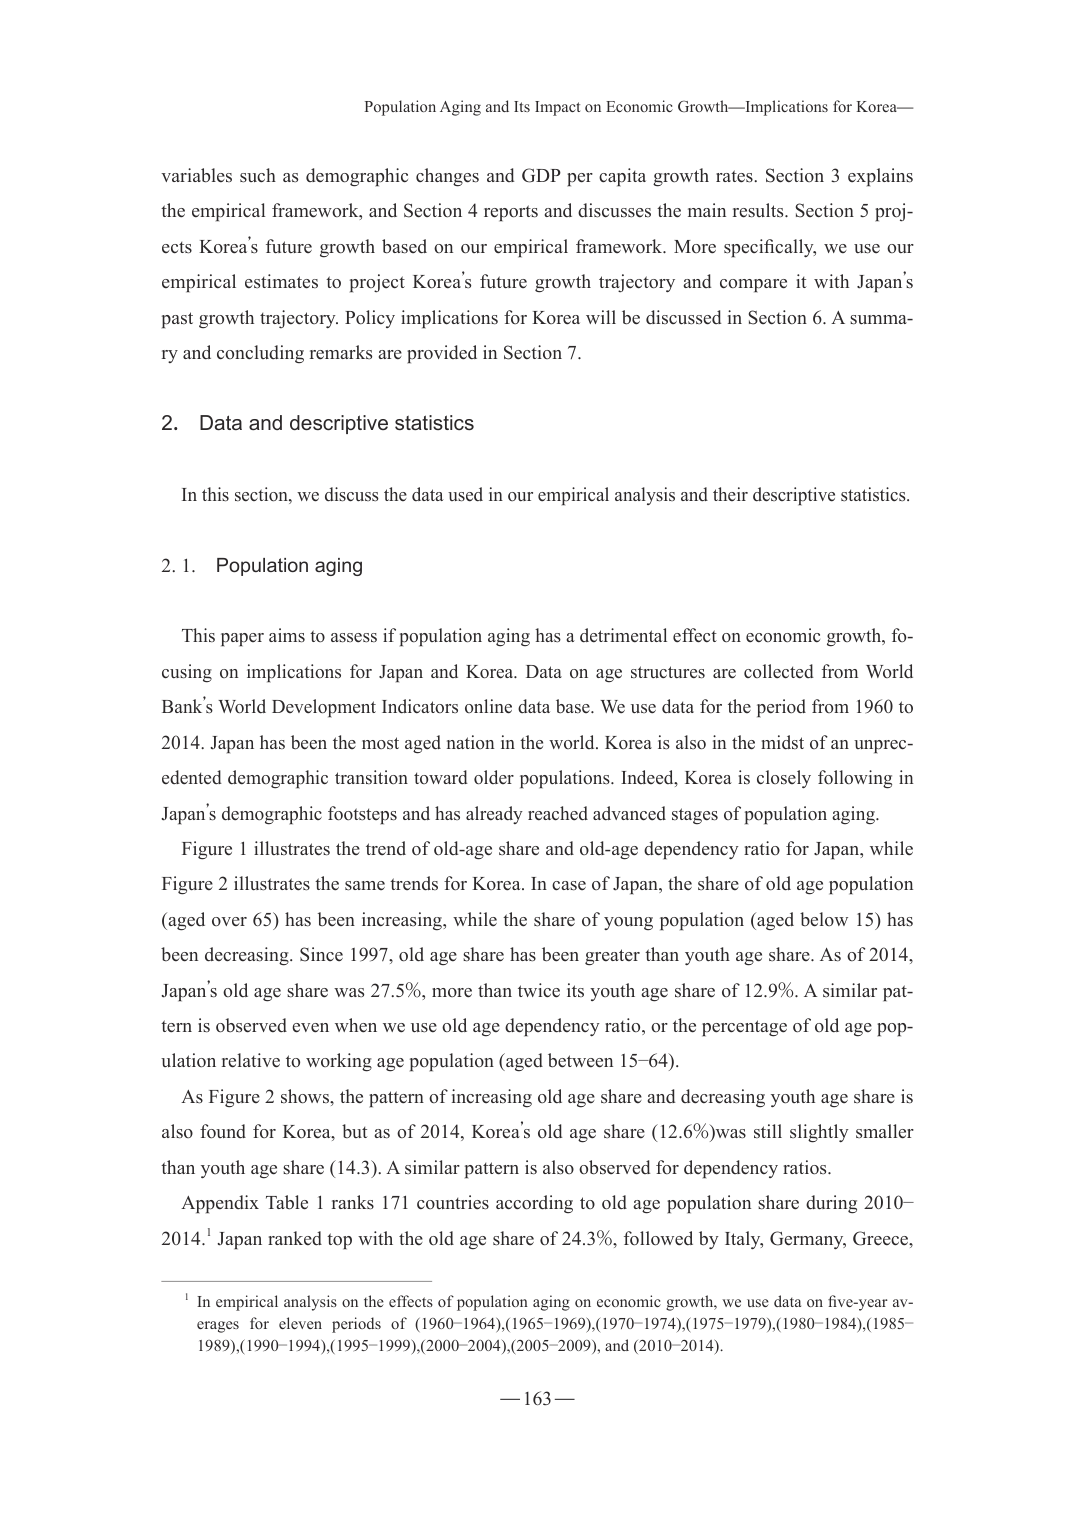
Population Aging and Its Impact on Economic Growth—Implications for Korea—

variables such as demographic changes and GDP per capita growth rates. Section 3 explains the empirical framework, and Section 4 reports and discusses the main results. Section 5 projects Korea’s future growth based on our empirical framework. More specifically, we use our empirical estimates to project Korea’s future growth trajectory and compare it with Japan’s past growth trajectory. Policy implications for Korea will be discussed in Section 6. A summary and concluding remarks are provided in Section 7.

2. Data and descriptive statistics

In this section, we discuss the data used in our empirical analysis and their descriptive statistics.

2.1. Population aging

This paper aims to assess if population aging has a detrimental effect on economic growth, focusing on implications for Japan and Korea. Data on age structures are collected from World Bank’s World Development Indicators online data base. We use data for the period from 1960 to 2014. Japan has been the most aged nation in the world. Korea is also in the midst of an unprecedented demographic transition toward older populations. Indeed, Korea is closely following in Japan’s demographic footsteps and has already reached advanced stages of population aging.

Figure 1 illustrates the trend of old-age share and old-age dependency ratio for Japan, while Figure 2 illustrates the same trends for Korea. In case of Japan, the share of old age population (aged over 65) has been increasing, while the share of young population (aged below 15) has been decreasing. Since 1997, old age share has been greater than youth age share. As of 2014, Japan’s old age share was 27.5%, more than twice its youth age share of 12.9%. A similar pattern is observed even when we use old age dependency ratio, or the percentage of old age population relative to working age population (aged between 15–64).

As Figure 2 shows, the pattern of increasing old age share and decreasing youth age share is also found for Korea, but as of 2014, Korea’s old age share (12.6%) was still slightly smaller than youth age share (14.3). A similar pattern is also observed for dependency ratios.

Appendix Table 1 ranks 171 countries according to old age population share during 2010–2014.¹ Japan ranked top with the old age share of 24.3%, followed by Italy, Germany, Greece,

¹ In empirical analysis on the effects of population aging on economic growth, we use data on five-year averages for eleven periods of (1960–1964), (1965–1969), (1970–1974), (1975–1979), (1980–1984), (1985–1989), (1990–1994), (1995–1999), (2000–2004), (2005–2009), and (2010–2014).

— 163 —